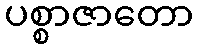
ပစ္စာဇာတော